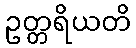
ဥတ္တရိယတိ